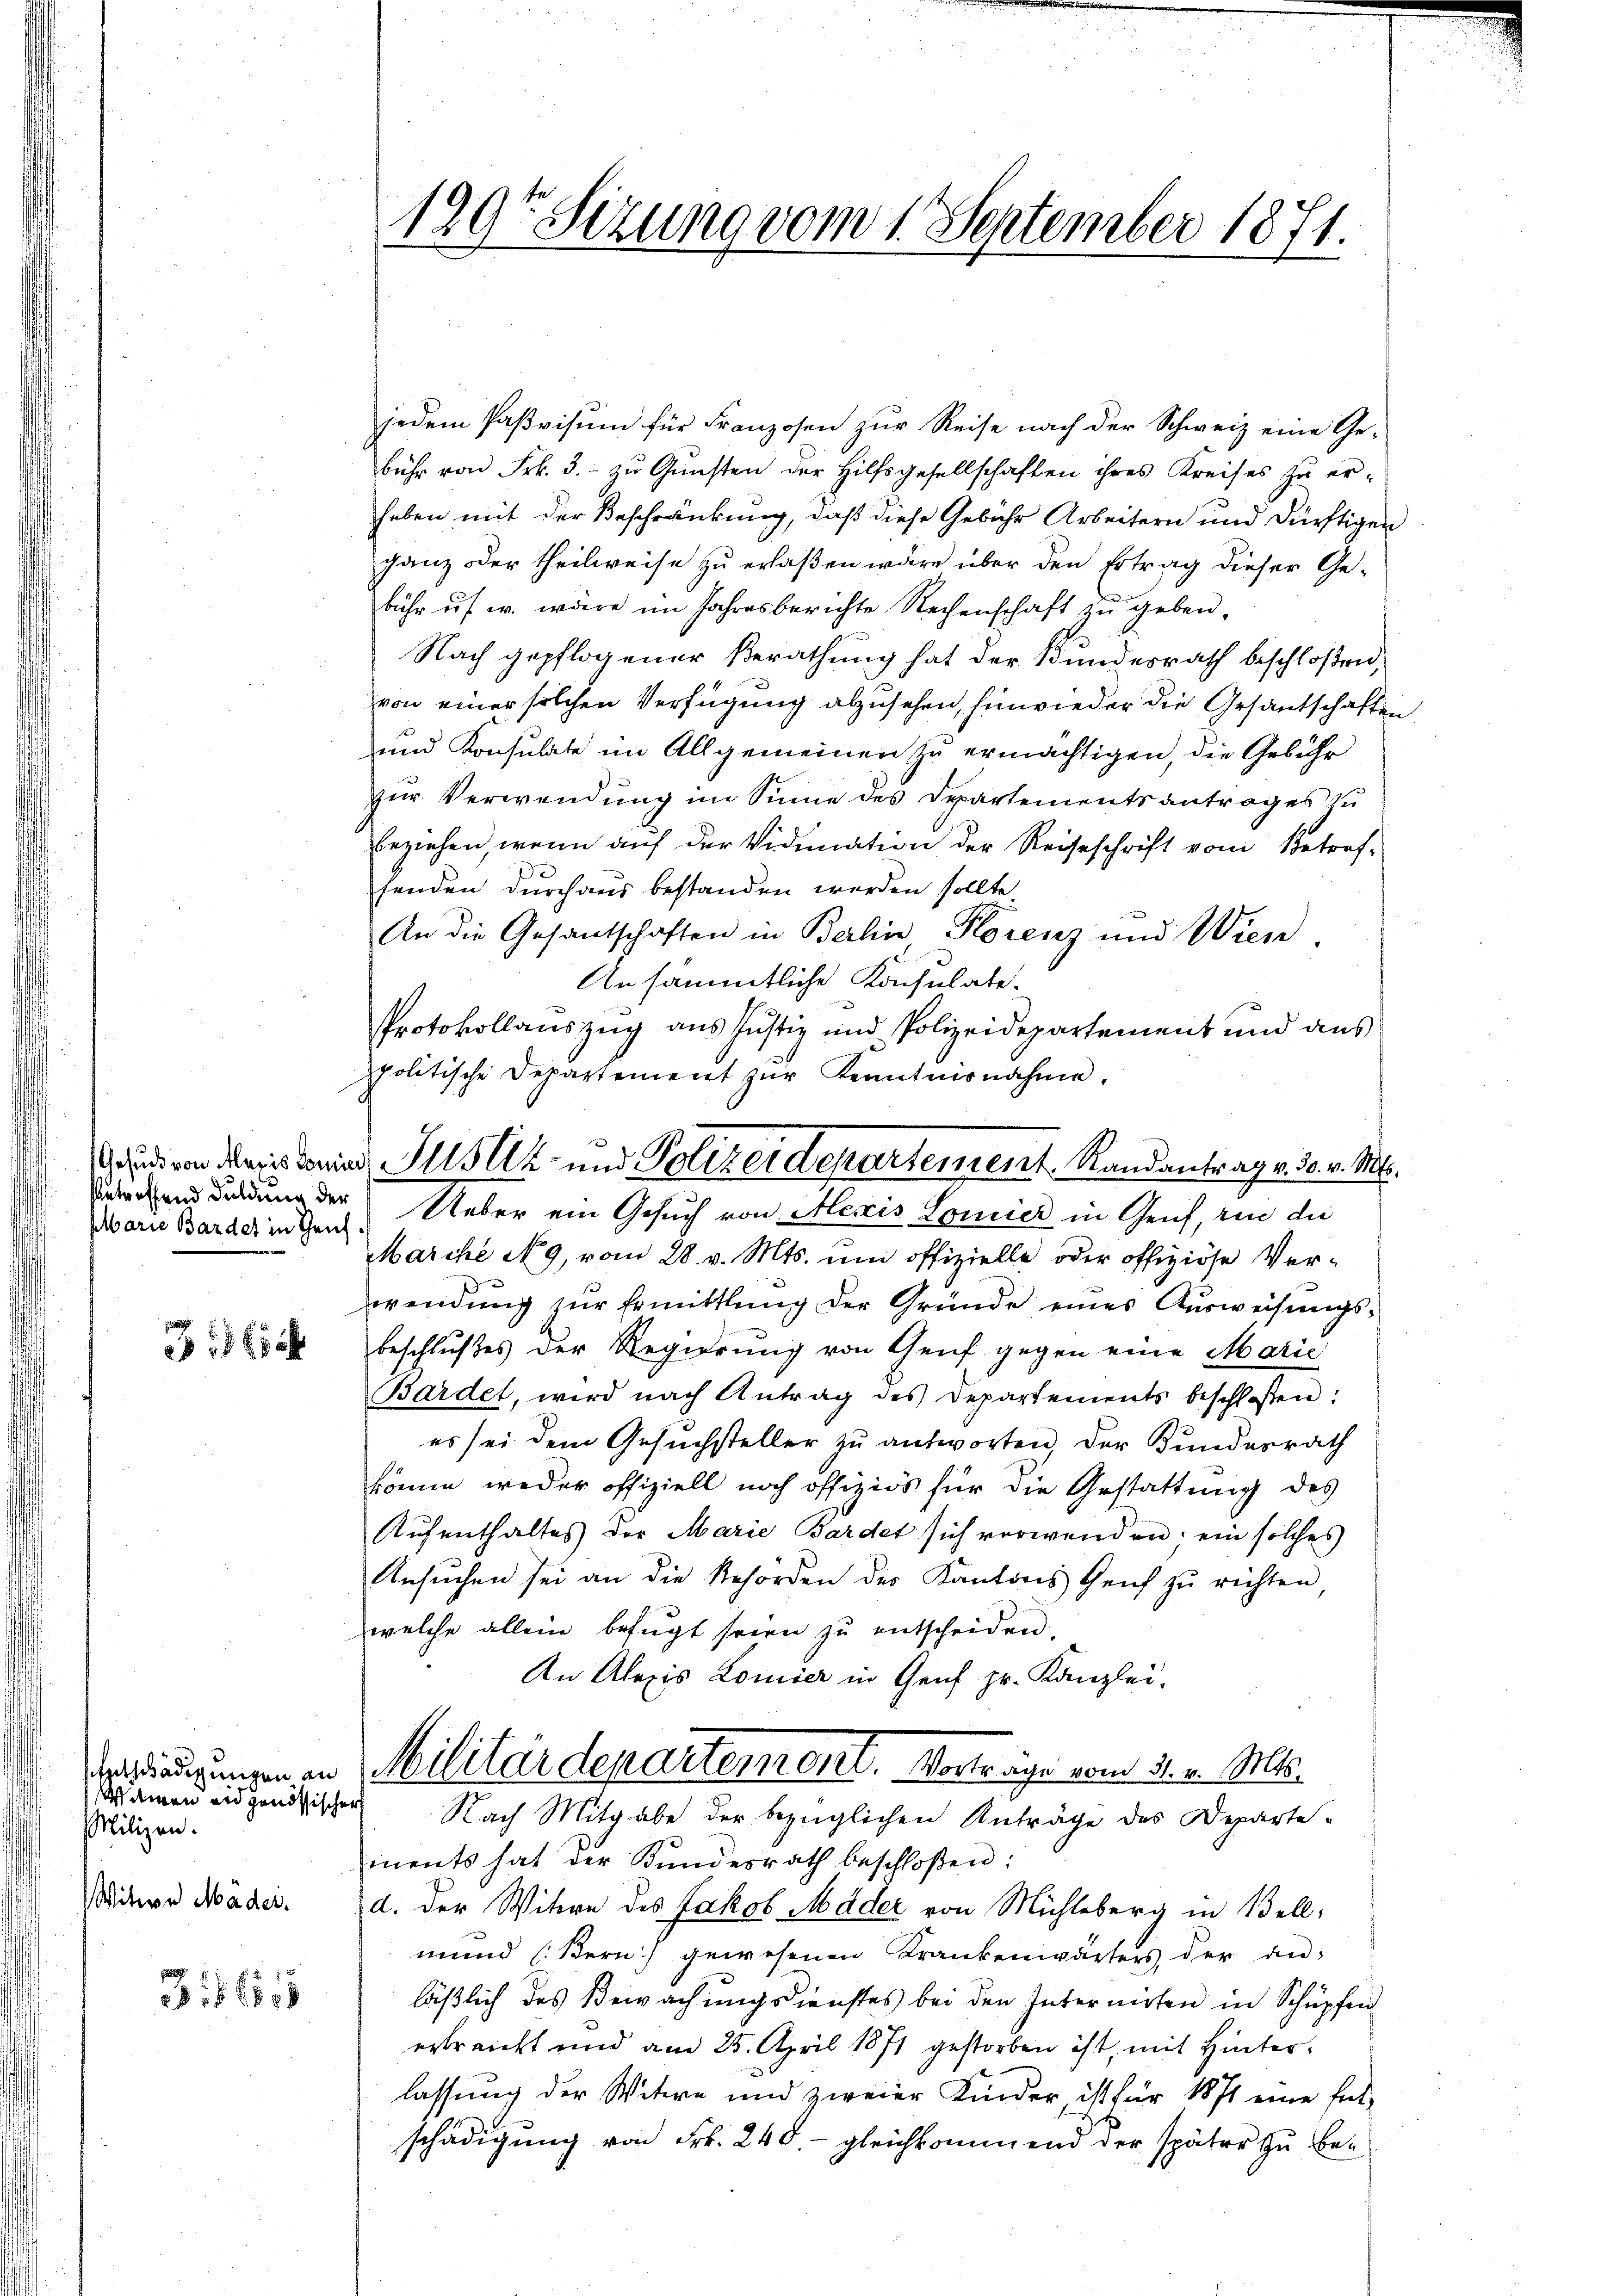
sbetreffend Duldung der
plarie Bardet in Grif.

3: ich

Milizen.
Witwe Mäder.

31515

129t Sizung vom 1. September 1871.

jedem Paßvisum für Franzosen zur Reise nach der Schweiz eine Ge-
bühr von Frk. 3.- zŭ Gŭnsten der Hilfsgesellschaften ihres Kreises zŭ er-
heben mit der Beschränkung, daß diese Gebühr Arbeitern und dürftigen
ganz oder theilweise zu erlaßen wäre über den Ertrag dieser Gebühr u. w. wäre im Jahresberichte Rechenschaft zu geben,
Nach gepflogener Berathung hat der Bundesrath beschloßen,
von einer solchen Verfügung abzusehen, hinwieder die Gesandschaften
und Konsulate im Allgemeinen zu ermächtigen, die Gebühr
zur Verwendung im Sinne des Departementsantrages zu
beziehen, wenn auf der Vidimation der Reiseschrift vom Betrof-
fenden durchaus bestanden werden sollte
An die Gesantschaften in Berlin Florenz und Wien.
An sämmtliche Konsulate.
Protokollauszug aus Justiz und Polizeidepartement und aus
spolitische Departement zŭr Kenntnisnahme.
Ueber ein Gesuch von Meris Lomier in Genf, rin die
Marche No 9, vom 28. v. Mts. ŭm offizielle oder offiziöse Ver-
wendŭng zŭr Ermittlung der Gründe eines Aŭsweisŭngs-
beschlußes der Regierung von Genf gegen eine Marie
Bardet, wird nach Antrag des Departements beschlossen:
es sei dem Gesuchsteller zu antworten, der Bundesrath
könne weder offiziell noch offiziös für die Gestattung des
Aufenthaltes der Marie Bardet sich verwenden: ein solches
Ansuchen sei an die Behörden der Kantons Zeich zu richten
welche allein befugt seien zu entscheiden.
An Alexis Lomier in Genf Hr. Kanzlei.
Vergliederungen in Militärdepartement. Vorträge vom 31. v. Mts.
Wainen eidgenössischer Nach Mitgabe der bezüglichen Anträge des Departements hat der Kundesrath beschloßen:
d. der Witwe des Jakob Mäder von Mühleberg in Bell-
mund (Bern) gewesenen Krankenwärters, der anläßlich des Bewachungsdienstes bei den Internirten in Schüpfen
erkranckt und am 25. April 1871 gestorben ist, mit Hinterlassung der Witwe und zweier Kinder, ist für 1871 eine Ent-
schädigung von Frk. 248. - gleichkommend der später zu be¬

ud von des Bonia Justiz- und Polizeidepartement Randantrag v. 30. v. Mts.